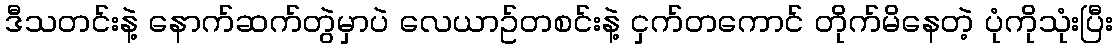
ဒီသတင်းနဲ့ နောက်ဆက်တွဲမှာပဲ လေယာဥ်တစင်းနဲ့ ငှက်တကောင် တိုက်မိနေတဲ့ ပုံကိုသုံးပြီး